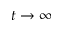
t \to \infty